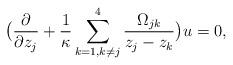
LaTeX: \begin{align*}\bigl(\frac{\partial}{\partial z_j}+\frac{1}{\kappa}\sum_{k=1,k\neq j}^4\frac{\Omega_{jk}}{z_j-z_k}\bigr)u =0,\end{align*}